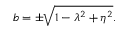
b = \pm \sqrt { 1 - \lambda ^ { 2 } + \eta ^ { 2 } } .